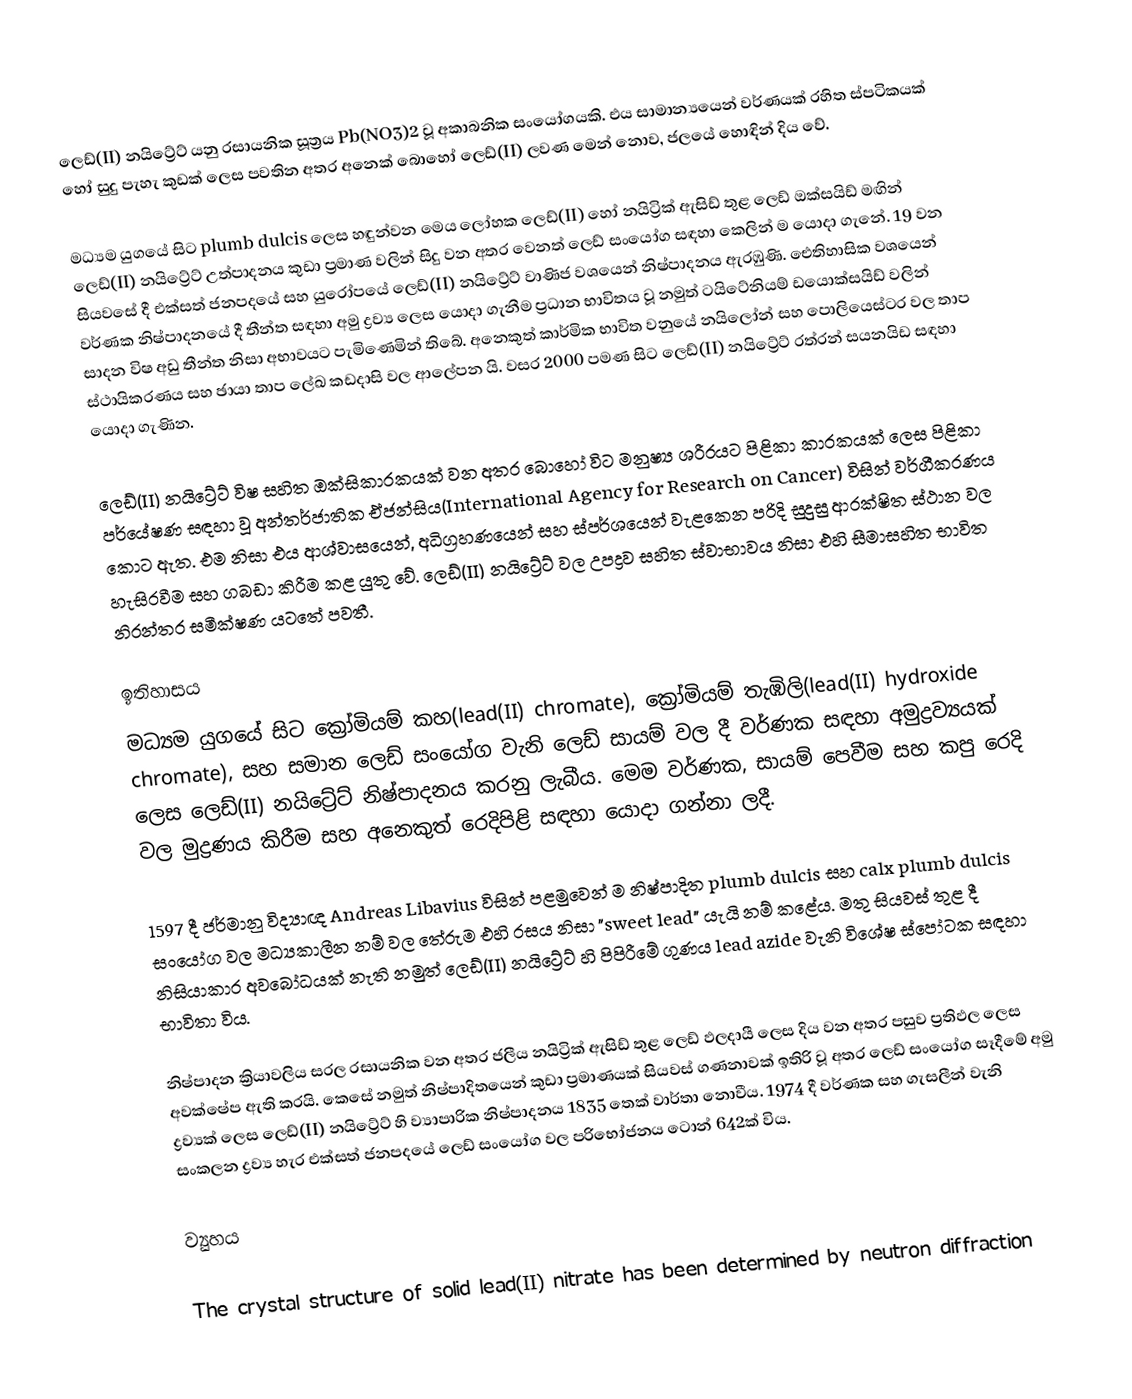
ලෙඩ්(II) නයිට්‍රේට් යනු රසායනික සූත්‍රය Pb(NO3)2 වූ අකාබනික සංයෝගයකි. එය සාමාන්‍යයෙන් වර්ණයක් රහිත ස්පටිකයක් හෝ සුදු පැහැ කුඩක් ලෙස පවතින අතර අනෙක් බොහෝ ලෙඩ්(II) ලවණ මෙන් නොව, ජලයේ හොඳින් දිය වේ.

මධ්‍යම යුගයේ සිට plumb dulcis ලෙස හඳුන්වන මෙය ලෝහක ලෙඩ්(II) හෝ නයිට්‍රික් ඇසිඩ් තුළ ලෙඩ් ඔක්සයිඩ් මඟින් ලෙඩ්(II) නයිට්‍රේට් උත්පාදනය කුඩා ප්‍රමාණ වලින් සිදු වන අතර වෙනත් ලෙඩ් සංයෝග සඳහා කෙලින් ම යොදා ගැනේ. 19 වන සියවසේ දී එක්සත් ජනපදයේ සහ යුරෝපයේ ලෙඩ්(II) නයිට්‍රේට් වාණිජ වශයෙන් නිෂ්පාදනය ඇරඹුණි. ඓතිහාසික වශයෙන් වර්ණක නිෂ්පාදනයේ දී තීන්ත සඳහා අමු ද්‍රව්‍ය ලෙස යොදා ගැනීම ප්‍රධාන භාවිතය වූ නමුත් ටයිටේනියම් ඩයොක්සයිඩ් වලින් සාදන විෂ අඩු තීන්ත නිසා අභාවයට පැමිණෙමින් තිබේ. අනෙකුත් කාර්මික භාවිත වනුයේ නයිලෝන් සහ පොලියෙස්ටර වල තාප ස්ථායිකරණය සහ ඡායා තාප ලේඛ කඩදාසි වල ආලේපන යි. වසර 2000 පමණ සිට ලෙඩ්(II) නයිට්‍රේට් රත්රන් සයනයිඩ සඳහා යොදා ගැණින.

ලෙඩ්(II) නයිට්‍රේට් විෂ සහිත ඔක්සිකාරකයක් වන අතර බොහෝ විට මනුෂ්‍ය ශරීරයට පිළිකා කාරකයක් ලෙස පිළිකා පර්යේෂණ සඳහා වූ අන්තර්ජාතික ඒජන්සිය(International Agency for Research on Cancer) විසින් වර්ගීකරණය කොට ඇත. එම නිසා එය ආශ්වාසයෙන්, අධිග්‍රහණයෙන් සහ ස්පර්ශයෙන් වැළකෙන පරිදි සුදුසු ආරක්ෂිත ස්ථාන වල හැසිරවීම සහ ගබඩා කිරීම කළ යුතු වේ. ලෙඩ්(II) නයිට්‍රේට් වල උපද්‍රව සහිත ස්වාභාවය නිසා එහි සීමාසහිත භාවිත නිරන්තර සමීක්ෂණ යටතේ පවතී.

ඉතිහාසය
මධ්‍යම යුගයේ සිට ක්‍රෝමියම් කහ(lead(II) chromate), ක්‍රෝමියම් තැඹිලි(lead(II) hydroxide chromate), සහ සමාන ලෙඩ් සංයෝග වැනි ලෙඩ් සායම් වල දී වර්ණක සඳහා අමුද්‍රව්‍යයක් ලෙස ලෙඩ්(II) නයිට්‍රේට් නිෂ්පාදනය කරනු ලැබීය. මෙම වර්ණක, සායම් පෙවීම සහ කපු රෙදි වල මුද්‍රණය කිරීම සහ අනෙකුත් රෙදිපිළි සඳහා යොදා ගන්නා ලදී.

1597 දී ජර්මානු විද්‍යාඥ Andreas Libavius විසින් පළමුවෙන් ම නිෂ්පාදිත plumb dulcis සහ calx plumb dulcis සංයෝග වල මධ්‍යකාලීන නම් වල තේරුම එහි රසය නිසා "sweet lead" යැයි නම් කළේය. මතු සියවස් තුළ දී නිසියාකාර අවබෝධයක් නැති නමුත් ලෙඩ්(II) නයිට්‍රේට් හි පිපිරීමේ ගුණය lead azide වැනි විශේෂ ස්පෝටක සඳහා භාවිතා විය.

නිෂ්පාදන ක්‍රියාවලිය සරල රසායනික වන අතර ජලීය නයිට්‍රික් ඇසිඩ් තුළ ලෙඩ් ඵලදායී ලෙස දිය වන අතර පසුව ප්‍රතිඵල ලෙස අවක්ෂේප ඇති කරයි. කෙසේ නමුත් නිෂ්පාදිතයෙන් කුඩා ප්‍රමාණයක් සියවස් ගණනාවක් ඉතිරි වූ අතර ලෙඩ් සංයෝග සෑදීමේ අමු ද්‍රව්‍යක් ලෙස ලෙඩ්(II) නයිට්‍රේට් හි ව්‍යාපාරික නිෂ්පාදනය 1835 තෙක් වාර්තා නොවීය. 1974 දී වර්ණක සහ ගැසලීන් වැනි සංකලන ද්‍රව්‍ය හැර එක්සත් ජනපදයේ ලෙඩ් සංයෝග වල පරිභෝජනය ටොන් 642ක් විය.

ව්‍යුහය

The crystal structure of solid lead(II) nitrate has been determined by neutron diffraction